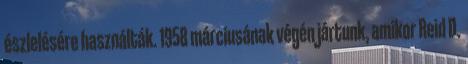
észlelésére használták. 1958 márciusának végén jártunk, amikor Reid D.